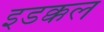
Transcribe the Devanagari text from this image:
इडक्कल